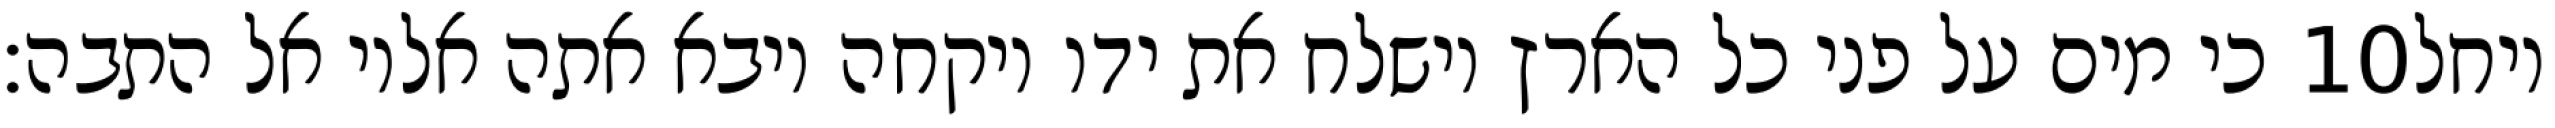
כי מים על פני כל הארץ וישלח את ידו ויקחה ויבא אתה אליו אל התבה׃ ‎10‏ ויחל